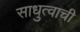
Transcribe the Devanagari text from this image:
साधुत्वाची